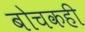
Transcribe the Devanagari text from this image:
बोचकही